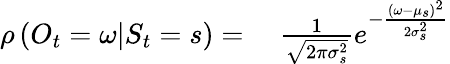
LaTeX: \begin{array}{rl}{\rho\left(O_{t}=\omega\vert S_{t}=s\right)={}}&{{}\frac{1}{\sqrt{2\pi\sigma_{s}^{2}}}e^{-\frac{\left(\omega-\mu_{s}\right)^{2}}{2\sigma_{s}^{2}}}}\end{array}